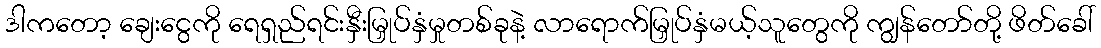
ဒါကတော့ ချေးငွေကို ရေရှည်ရင်းနှီးမြှုပ်နှံမှုတစ်ခုနဲ့ လာရောက်မြှုပ်နှံမယ့်သူတွေကို ကျွန်တော်တို့ ဖိတ်ခေါ်